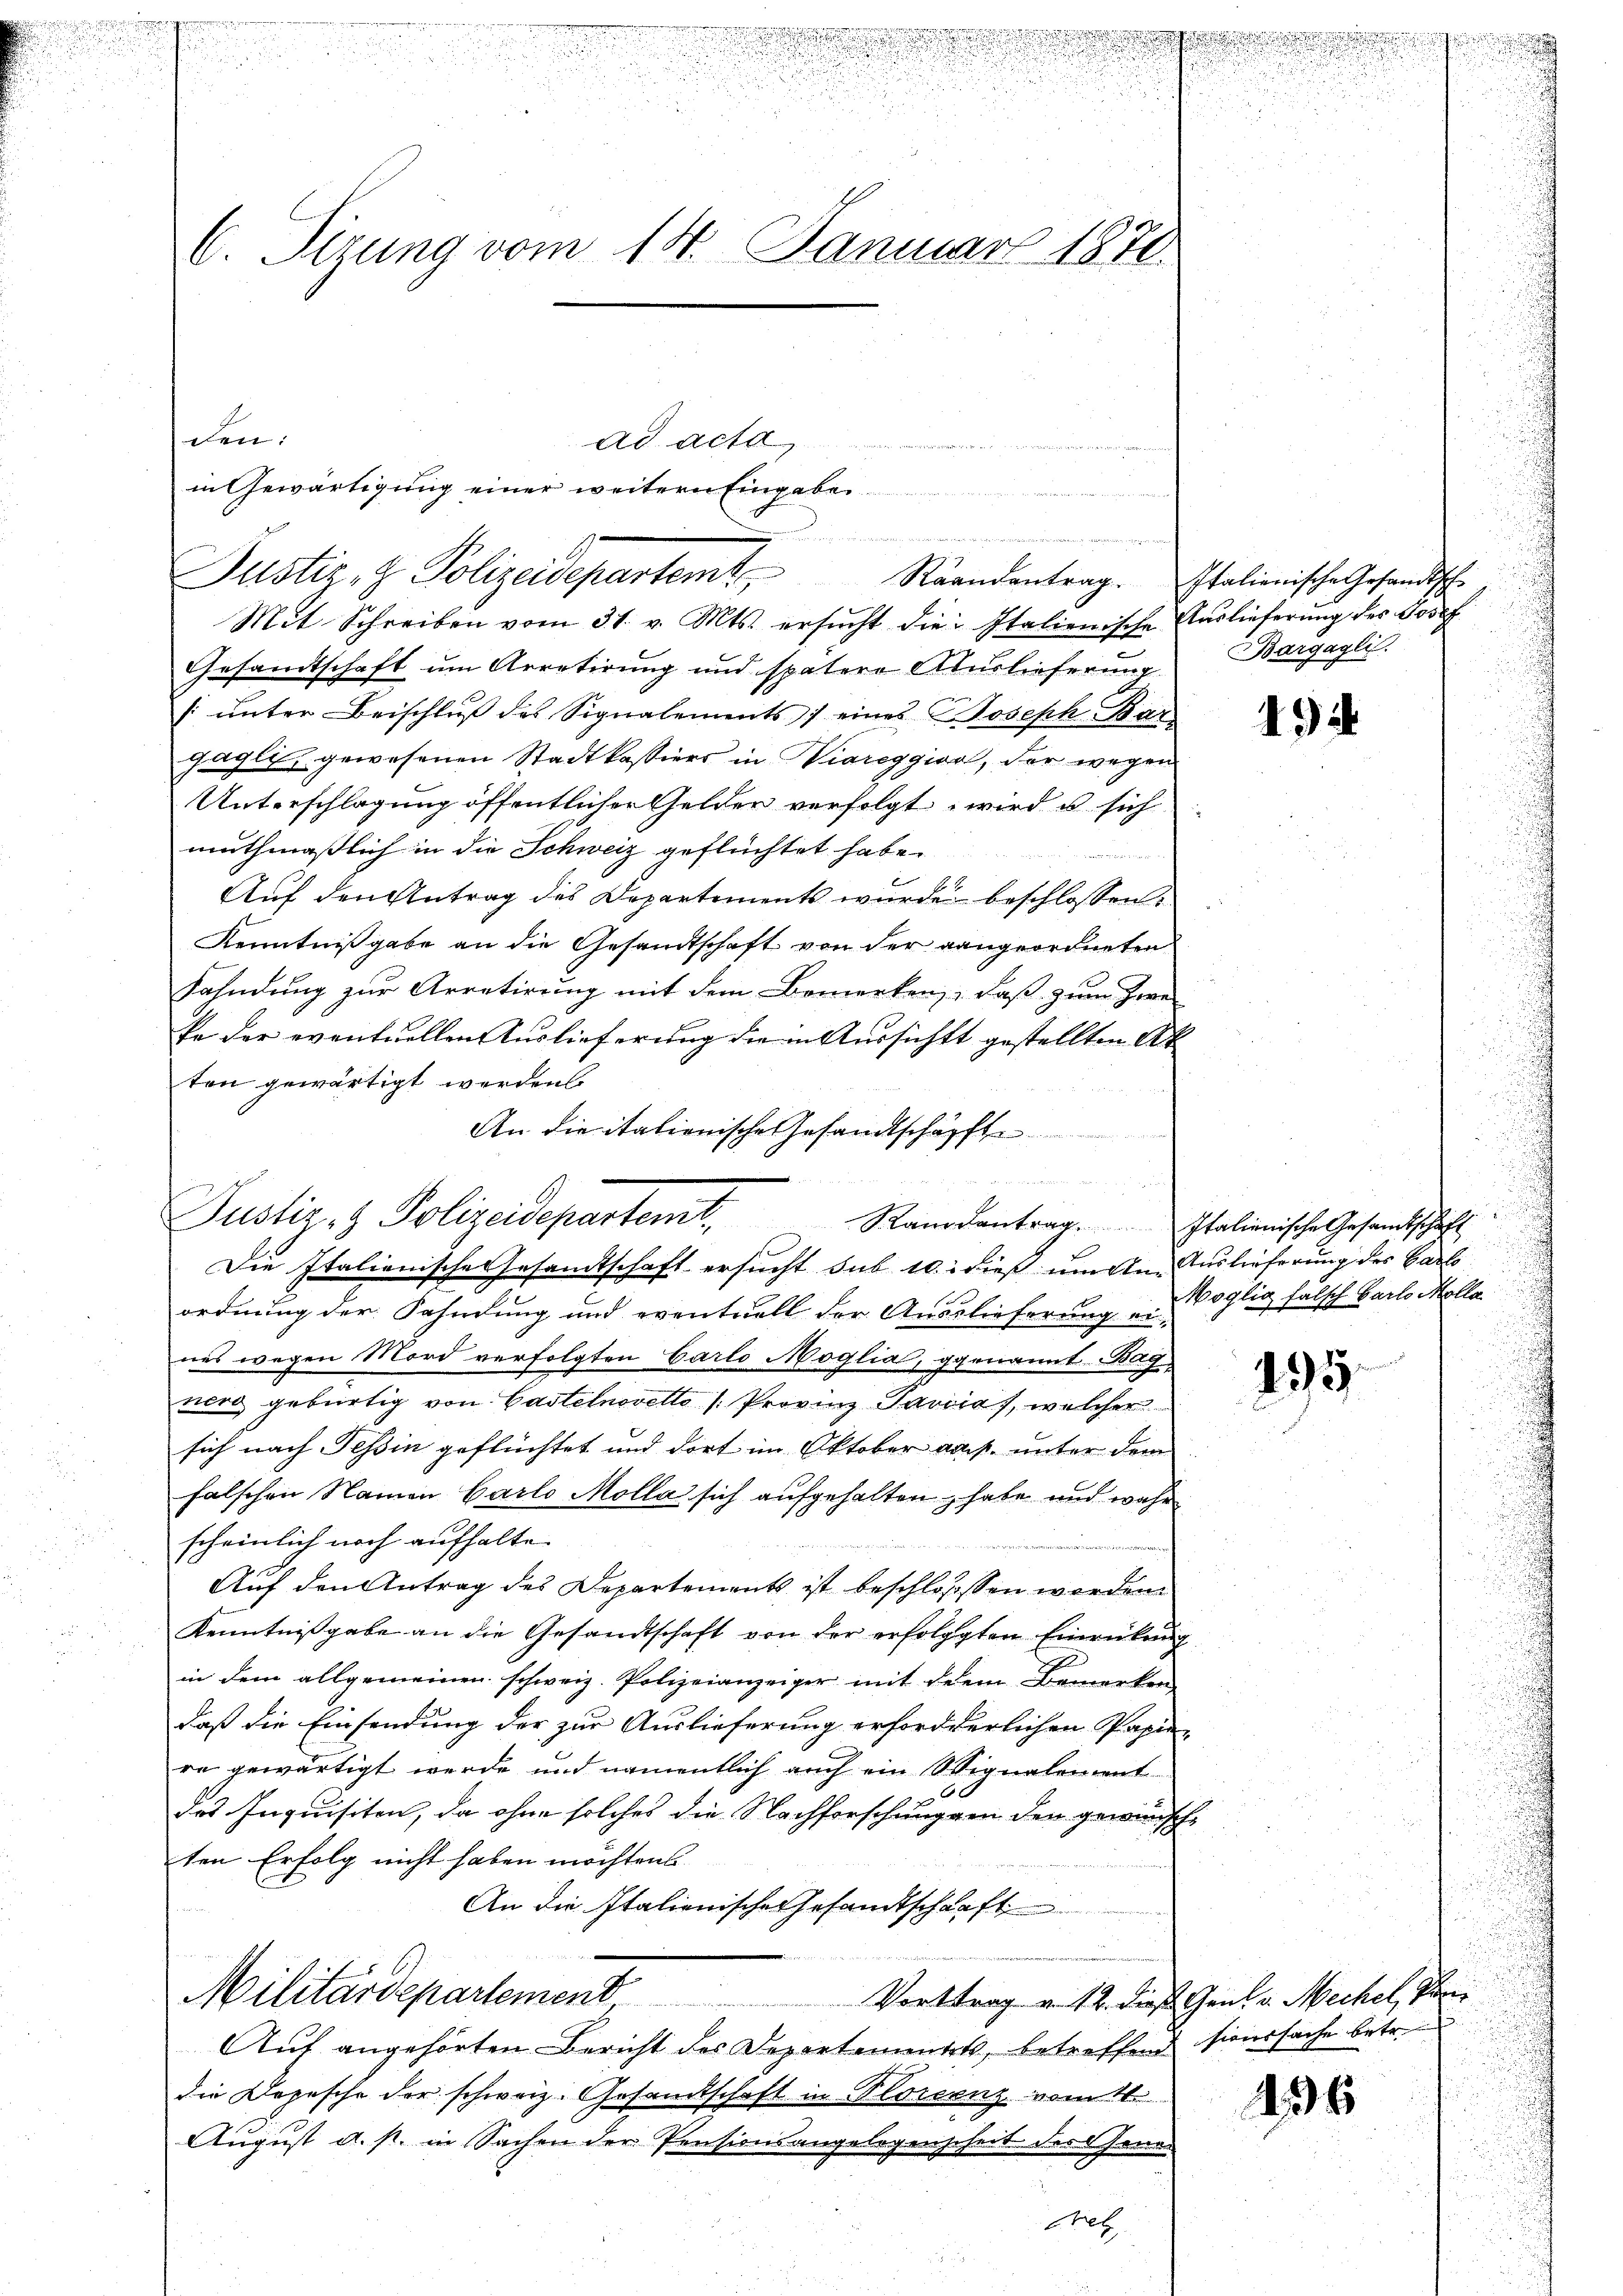
e

.
.
d
r
C. Sirung vom 14. Januar 1878.

den:
Ad Act
 eam .......

Justiz- & Polizeidepartamt,

in Gewärtigung einer weitern Eingabe

Justiz- & Polizeidepartent.

Mit Schreiben vom 31. v. Mts. ersŭcht die Italienische Aŭslieferŭng des Josef
Gesandtschaft um Arretirung und spätere Auslieferung
s ŭnter Beischlŭβ des Signalements) eines Joseph Bar
gagli, gewesenen Stadtkassiers in Viareggior, der wegen
Unterschlagung öffentlicher Gelden verfolgt wird u sich
muthmaßlich in die Schweiz geflüchtet habe.

Auf den Antrag des Departements wurde beschlossen:
Kenntnißgabe an die Gesandtschaft von der gangeordneten
Fahndung zur Arretirung mit dem Bemerken, daß zum Zwei
ke der eventuellen Auslieferung die in Aussichtt gestellten Ak
ten gewärtigt werden.
An die italienische Gesandtschäfft
s
Die Italienische Gesandtschaft ersucht sub 10. dieß um An- Auslieferung des Carlo
ordnung der Fahndung und eventuell der Auslieferung u Voglio falsch Carlo Molla
nes wegen Mord verfolgten Carlo Moglia, genannt Bag
nerd gebürtig von Gastetnovello /: Provinz Paviias, welcher
sich nach Tessin geflüchtet und dort im Oktober aus. unter dem
falschen Namen Carlo Molla sich aufgehalten, habe und wahr
scheinlich noch aufhalte
Auf den Antrag des Departements ist beschlosssen worden.
Kenntnißgabe an die Gesandtschaft von der erfolgten Einrückung
in dem allgemeinen schweiz. Polizeianzeiger mit dem Bemerken
daß die Einsendung der zur Auslieferung erforderlichen Papiere gewärtigt werde und namentlich auch ein Signalement
des Inquisiten, da ohne solches die Nachforschunggen der gewünschten Erfolg nicht haben möchtens
An die Italienische Gesandtschaft
Militärdepartement
Vorttrag u. 12. dieß Gent v. Mechel, Vor
Auf angehörten Bericht des Departementes, betreffend sionssache betr.
die Depesche der schweiz. Gesandtschaft in Florenz vom 11.
August a. p. in Sachen der Pensionsangelegenscheit des Janu¬

Bata

Bel

Raandantrag. Italienische Gesandtsche
Bargagli

494

Rangsantrag. Italienische Gesamtschaft

195

436

s
d
u